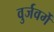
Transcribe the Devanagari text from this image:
वुर्जवर्गे